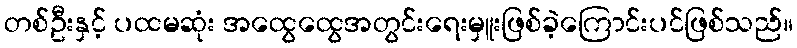
တစ်ဦးနှင့် ပထမဆုံး အထွေထွေအတွင်းရေးမှူးဖြစ်ခဲ့ကြောင်းပင်ဖြစ်သည်။